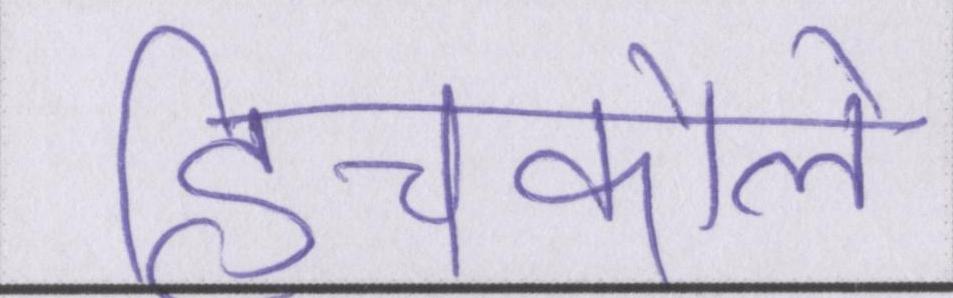
हिचकोले